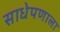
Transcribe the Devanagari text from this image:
साधेपणाला